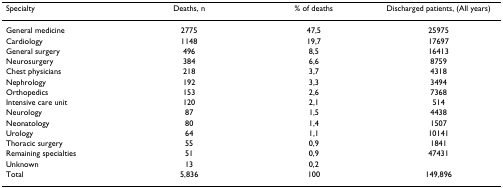
| Specialty | Deaths, n | % of deaths | Discharged patients, (All years) |
 | --- | --- | --- | --- |
 | General medicine | 2775 | 47,5 | 25975 |
 | Cardiology | 1148 | 19,7 | 17697 |
 | General surgery | 496 | 8,5 | 16413 |
 | Neurosurgery | 384 | 6,6 | 8759 |
 | Chest physicians | 218 | 3,7 | 4318 |
 | Nephrology | 192 | 3,3 | 3494 |
 | Orthopedics | 153 | 2,6 | 7368 |
 | Intensive care unit | 120 | 2,1 | 514 |
 | Neurology | 87 | 1,5 | 4438 |
 | Neonatology | 80 | 1,4 | 1507 |
 | Urology | 64 | 1,1 | 10141 |
 | Thoracic surgery | 55 | 0,9 | 1841 |
 | Remaining specialties | 51 | 0,9 | 47431 |
 | Unknown | 13 | 0,2 |  |
 | Total | 5,836 | 100 | 149,896 |